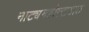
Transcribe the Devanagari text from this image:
नाट्यमहोत्सवात